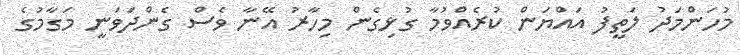
މުހަންމަދު ލަތީފު އައްޔަން ކުރެއްވުމާ ގުޅިގެން މިހާރު އޭނާ ވެސް ގެންދަވަނީ މަގާމުގެ